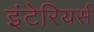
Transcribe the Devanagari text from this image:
इंटेरियर्स